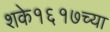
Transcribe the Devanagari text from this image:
शके१६१७च्या